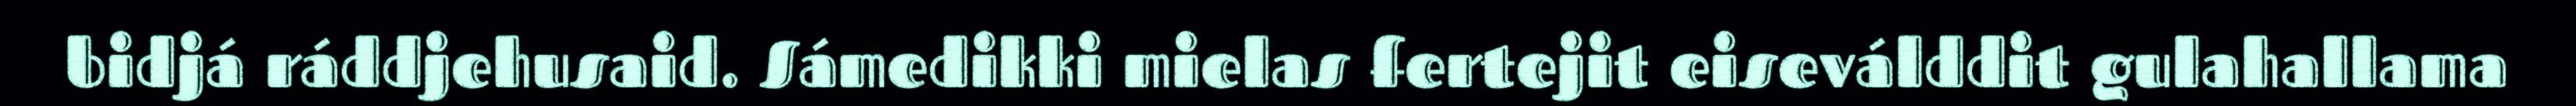
bidjá ráddjehusaid. Sámedikki mielas fertejit eiseválddit gulahallama